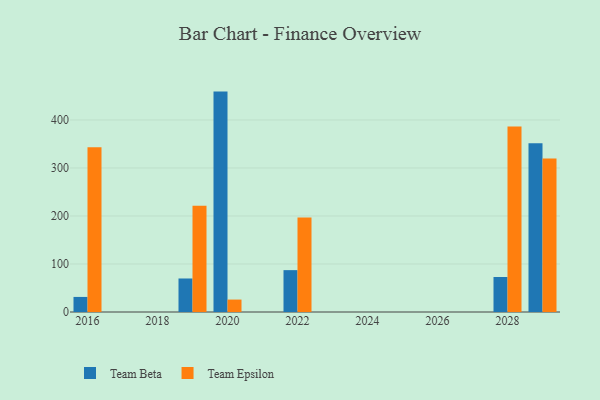
{"axis": {"x": "Year", "y": "Backlog"}, "legend": ["Team Beta", "Team Epsilon"], "data": [{"x": "2016", "y": 31.4, "type": "Team Beta"}, {"x": "2016", "y": 343.1, "type": "Team Epsilon"}, {"x": "2022", "y": 87.2, "type": "Team Beta"}, {"x": "2022", "y": 196.7, "type": "Team Epsilon"}, {"x": "2029", "y": 351.6, "type": "Team Beta"}, {"x": "2029", "y": 319.9, "type": "Team Epsilon"}, {"x": "2020", "y": 459.1, "type": "Team Beta"}, {"x": "2020", "y": 25.9, "type": "Team Epsilon"}, {"x": "2019", "y": 69.8, "type": "Team Beta"}, {"x": "2019", "y": 221.3, "type": "Team Epsilon"}, {"x": "2028", "y": 72.9, "type": "Team Beta"}, {"x": "2028", "y": 386.3, "type": "Team Epsilon"}]}